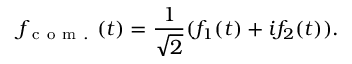
f _ { \mathrm { ~ c ~ o ~ m ~ . ~ } } ( t ) = \frac { 1 } { \sqrt { 2 } } ( f _ { 1 } ( t ) + i f _ { 2 } ( t ) ) .